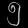
Digit: ၅